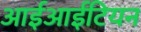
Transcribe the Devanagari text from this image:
आईआईटियन